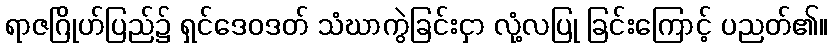
ရာဇဂြိုဟ်ပြည်၌ ရှင်ဒေဝဒတ် သံဃာကွဲခြင်းငှာ လုံ့လပြု ခြင်းကြောင့် ပညတ်၏။